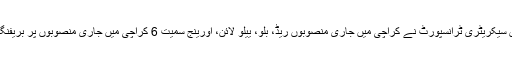
اجلاس میں سیکریٹری ٹرانسپورٹ نے کراچی میں جاری منصوبوں ریڈ، بلو، ییلو لائن، اورینج سمیت 6 کراچی میں جاری منصوبوں پر بریفنگ بھی دی۔